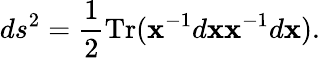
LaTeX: ds^{2}={\frac{1}{2}}\mathrm{Tr}({\mathbf x}^{-1}d{\mathbf x}{\mathbf x}^{-1}d{\mathbf x}).